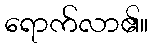
ရောက်လာ၏။